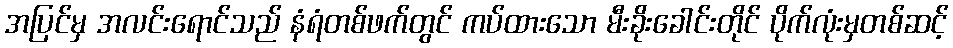
အပြင်မှ အလင်းရောင်သည် နံရံတစ်ဖက်တွင် ကပ်ထားသော မီးခိုးခေါင်းတိုင် ပိုက်လုံးမှတစ်ဆင့်